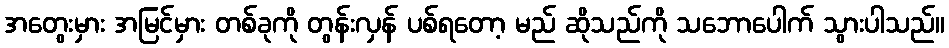
အတွေးမှား အမြင်မှား တစ်ခုကို တွန်းလှန် ပစ်ရတော့ မည် ဆိုသည်ကို သဘောပေါက် သွားပါသည်။